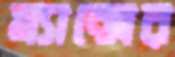
ম্যাক্সের